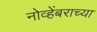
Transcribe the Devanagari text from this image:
नोव्हेंबराच्या